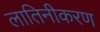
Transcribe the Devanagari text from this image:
लातिनीकरण